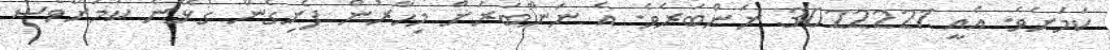
ކަމަށެވެ. އެއީ 3022221 ނަންބަރެވެ. އެ ނަންބަރަށް މިހާރުން ފެށިގެން ގުޅޭނެ ކަމަށްވެސް